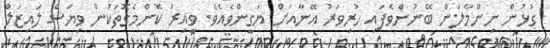
ގުޅުން ނިންމާލަން ބޭނުންވެފައި ހުރިވަރު އޭނާއަށް ޔަގީންވެއެވެ. ވީއިރު ކޮންމެގޮތަކުން ވިޔަސް ލައިޒަލް